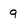
Character: 9